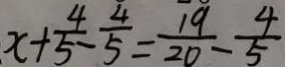
x + \frac { 4 } { 5 } - \frac { 4 } { 5 } = \frac { 1 9 } { 2 0 } - \frac { 4 } { 5 }